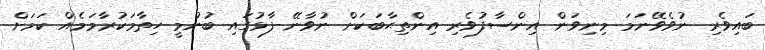
ބައިވެރި ނުވެވޭނަމަ މިނިވަން އިންސާފުވެރި އިންތިޙާބަކަށް ނުވާނޭ ފާޅުގައި ބުނުމީ ހިތާމަކުރާމަމެއް ކަމަށް